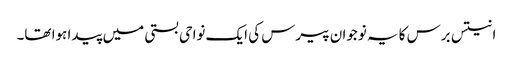
انتیس برس کا یہ نوجوان پیرس کی ایک نواحی بستی میں پیدا ہوا تھا۔